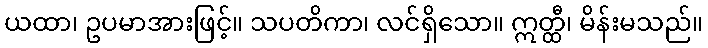
ယထာ၊ ဥပမာအားဖြင့်။ သပတိကာ၊ လင်ရှိသော။ ဣတ္ထီ၊ မိန်းမသည်။